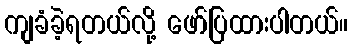
ကျခံခဲ့ရတယ်လို့ ဖော်ပြထားပါတယ်။